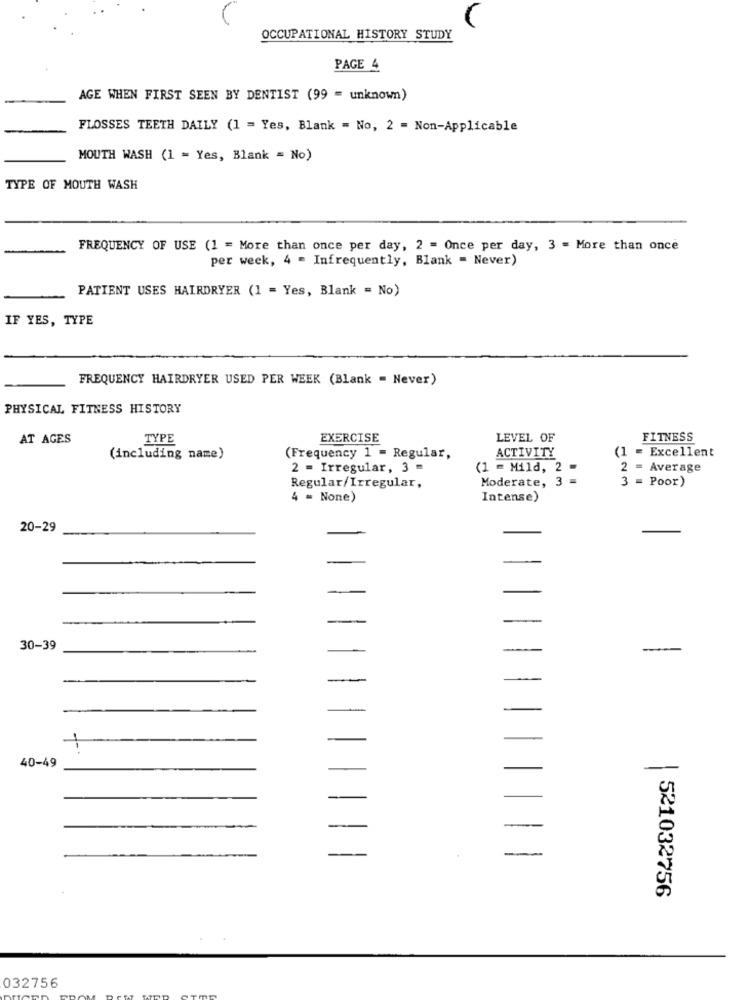
OCCUPATIONAL HISTORY STUDY
PAGE 4
AGE WHEN FIRST SEEN BY DENTIST (99 = unknown)
FLOSSES TEETH DAILY (1 = Yes, Blank = No, 2 = Non-Applicable
MOUTH WASH (1 = Yes, Blank = No)
TYPE OF MOUTH WASH
FREQUENCY OF USE (1 = More than once per day, 2 = Once per day, 3 = More than once
per week, 4 = Infrequently, Blank = Never)
PATIENT USES HAIRDRYER (1 = Yes, Blank = No)
IF YES, TYPE
FREQUENCY HAIRDRYER USED PER WEEK (Blank = Never)
PHYSICAL FITNESS HISTORY
AT AGES
TYPE
EXERCISE
LEVEL OF
FITNESS
(1 = Excellent
(including name)
(Frequency 1 = Regular,
ACTIVITY
2 = Irregular, 3 =
(1 = Mild, 2 =
2 = Average
Moderate, 3 =
3 = Poor)
Regular/Irregular,
4 = None)
Intense)
20-29
30-39
-
40-49
| 521032756
032756